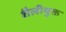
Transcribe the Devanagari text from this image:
शैलीयुक्त